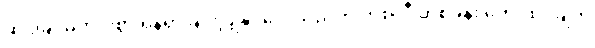
ဆင်ခြင်မဲ့ကင်းစွာ ရန်ရှာခြင်းပြုနိုင်လေသည်ဟု တစ်လီ တစ်ခန်း တွေးထင်ချက်